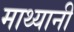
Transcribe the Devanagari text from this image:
माथ्यानी